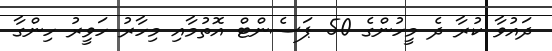
ދައުވާ ކުރާ ދެ މީހުންގެ 50 ޕަސެންޓް އޮތުމާއި މިހާރު ހަވީރު ހިންގާ